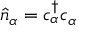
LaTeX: { \hat { n } } _ { \alpha } = c _ { \alpha } ^ { \dagger } c _ { \alpha }